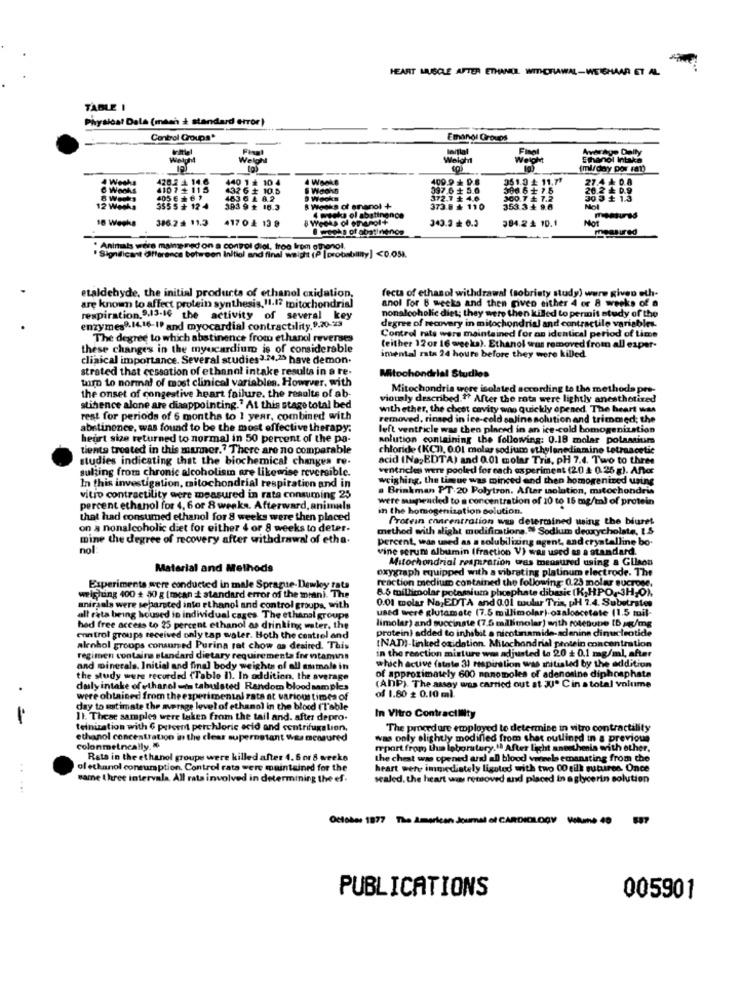
HEART MUSCLE AFTER ETHANOL WITHCRIAWAL-WEISHAAR ET AL
TABLE I
Physical Dala (mach & standard error)
Control Coups'
Emangi Groups
Final
Final
Average Daily
Way
Welghi
Weight
Weight
Ethanol Intake
(ml/day por ran)
4 Wesha
420.2 1 14.6
440 1 2 10 4
409.9 + 0.8
951.3 + 11.71
27.4 & 0.8
6 Weeks
4107 -115
432 6 + 10.5
337.6 + 5.0
300.6 + 7.5
20.2 ₺ 0.9
8 Weeks
4056261
463 6 4 82
D Wecks
372.7 + 4.6
300.7 & 7.2
30.3 + 1.3
12 Weeks
355 5 + 12 4
383 9 + 16.3
8 Weeks of enanol +
373.8 & 110
353.3+ 9.6
Mol
386.2 # 11.3
417 0 & 13 8
4 weeks of abstinence
343.3 = 0.3
394.2 4 10.1
Mor
I weeks of abatimenos
measured
Animals were mainy med on a control diol, froo Irom ethanol.
"Significant Ofference between Initial and final weight (P [probability]<0.051.
etaldehyde, the initial products of ethanol oxidation,
fects of ethanol withdrawal (sobriety study) were given eth-
anol For 6 weeks and then given either 4 or 8 weeks of a
are known to affect protein synthesis.11.17 mitochondrial
nonalcoholic diet; they were then killed to permit study of the
respiration.9.13.16 the activity of several key
degree of recovery in mitochondrial and contractile variables.
enzymes9.IL.16-IP and myocardial contractility. 9.20-23
Control rats wars maintained for an identical period of time
The degree to which abstinence from ethanol reverses
these changes in the myocardium is of considerable
(either 12 or 16 weeks). Ethanol sus removed from all exper-
clinical importance. Several studies 3.24,29 have demon.
imental rata 24 hours before they were killed
strated that cessation of ethanol intake results in a re-
tumo to normal of most clinical variablen. However, with
Mitochondrial Studies
Mitochondria were isolated according to
the onset of congestive heart failure. the results of ab-
viously described .?? After the rats were lightly anesthetired
stihence alone are disappointing." At this stage total bed
with ether, the chest cavity wo quickly opened The heart was
rest for periods of 6 months to 1 year, combined with
removed, rinsed in ice-cold saline solution and trimmed; the
abstinence, was found to be the most effective therapy.
left ventricle was then placed in an ice-cold homogenization
heurt size returned to normal in 50 percent of the pa-
anlution containing the following: 0.18 molar potassium
tients treated in this manner." There are no comparable
chloride (KCD), 0.01 molas sodium ethylenediamine tetraacetic
studies indicating that the biochemical changes re-
acid (Na,EDTA) and 0.01 molar Tris, PH 7.4. Two to three
suljing from chronic alcoholism are likewise reversible.
ventricles were pooled for each experiment (2.0 2 0.25 g). Antor
weighing, the Limque was minced and then homogenized using
In this investigation, mitochondrial respiration and in
a Brinkman PT 20 Polytron. After tolation, mitochondria
vitro contractility were measured in rata consuming 25
were mispended to a concentration of 10 to 16 mg/ml of protein
percent ethanol for 4, 6 or 8 weeks. Afterward, animals
in the homogenization solution.
that had consumed ethanol for 8 weeks were then placed
Protein concentration was determined wsing the biuret
on a nonalcoholic diet for either 4 or 8 weeks to deter-
method with alight modifications." Sodium deoxycholate, I.S
mine the degree of recovery after withdrawal of etha.
percent, was used as a solubilizing agent, and crystalline bo.
nol
vine serum albumin (fraction V) was used as a standard.
Mitochondrial respiration was measured using a Glison
Material and Methods
oxygraph equipped with a vibrating platinum electrode. The
reaction medium contained the following 0.25 molar sucrose,
Experiments were conducted in male Sprague-Dewley rats
6.6 millimolar potassium phosphate dibasic (K,HPO, JH,O),
weighing 400 + 40 g (mcan t standard error of the mian). The
0.01 molar No EDTA and 0.01 mular Tris, pH 7.4. Substrates
iraals were separated inte ethanol and control groups, with
used were glutamate (7.5 millimolar) oxaloacetate (1.5 tuil-
all rats being housed io individual cages. The ethanal groups
hed free access to 25 percent ethanol as drinking water, the
protein) added to inhibit a nicotinamide-adenine dinucleotide
limolar) and succinate (7.5 millimolar) with rose
enn trol groups received only tap water. Hoth the control and
INAD)-Linked oxidation. Mitochondrial protein concentration
alenhol groops consumed Purina rat chow as desired. This
in the reaction mixture was adjusted to 20 + 0.1 mg/ml, after
regimen contains standard dietary requirements for vitamins
and minerals. Initial and final body weights of all ssimale in
which active (state 3) respiration was mitisled by the addition
the study were recorded (Table I). In addition, the average
of approximately 600 nonomoles of adenosine diphosphate
.
daly intake ofethanol in tabulsted Random blood samples
(AnP). The assay was carried out at JJº Cin a total volume
were obtained from the experimental rata at various times of
of 1.80 # 0.10 ml.
day to utimate the merage level of ethanol in the blood (Table
=
11. These samples were taken from the tail and. after depro-
In Vitro Contractility
telnization with G prtoem perchloric acid and centrifugalion,
The procedure employed to determine in vitro contractility
ethanol concentration in the clear supernotant Was measured
was only slightly modified from chet outlined in a previous
colonmetncally. #
report from the laboratory.1) After licht anesthesia with other.
Rata in the ethanol groupe were killed after 4.6 or 8 weeks
the chest was opened and all blood vornele emanating from the
of ethanol consumption. Control rata were maintained for the
heart were immediately ligated with two 00 gill sutures. Once
same three intervala. All rata involved in determining the ef.
sealed. the heart win removed and placed in a glycerin solution
.....
October 1877 The American Journal of CARDIOLOGY Volume 40
887
PUBLICATIONS
005901